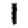
Digit: 1